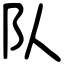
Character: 队